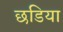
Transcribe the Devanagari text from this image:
छडिया